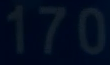
170